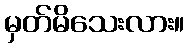
မှတ်မိသေးလား။